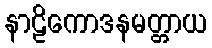
နာဠိကောဒနမတ္တာယ